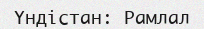
Yндістан: Рамлал